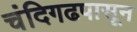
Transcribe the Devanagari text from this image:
चंदिगढपासून